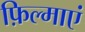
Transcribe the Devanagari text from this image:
फ़िल्माएं